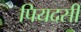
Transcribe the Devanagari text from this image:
पियदसी